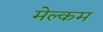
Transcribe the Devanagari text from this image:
मेल्‍कम